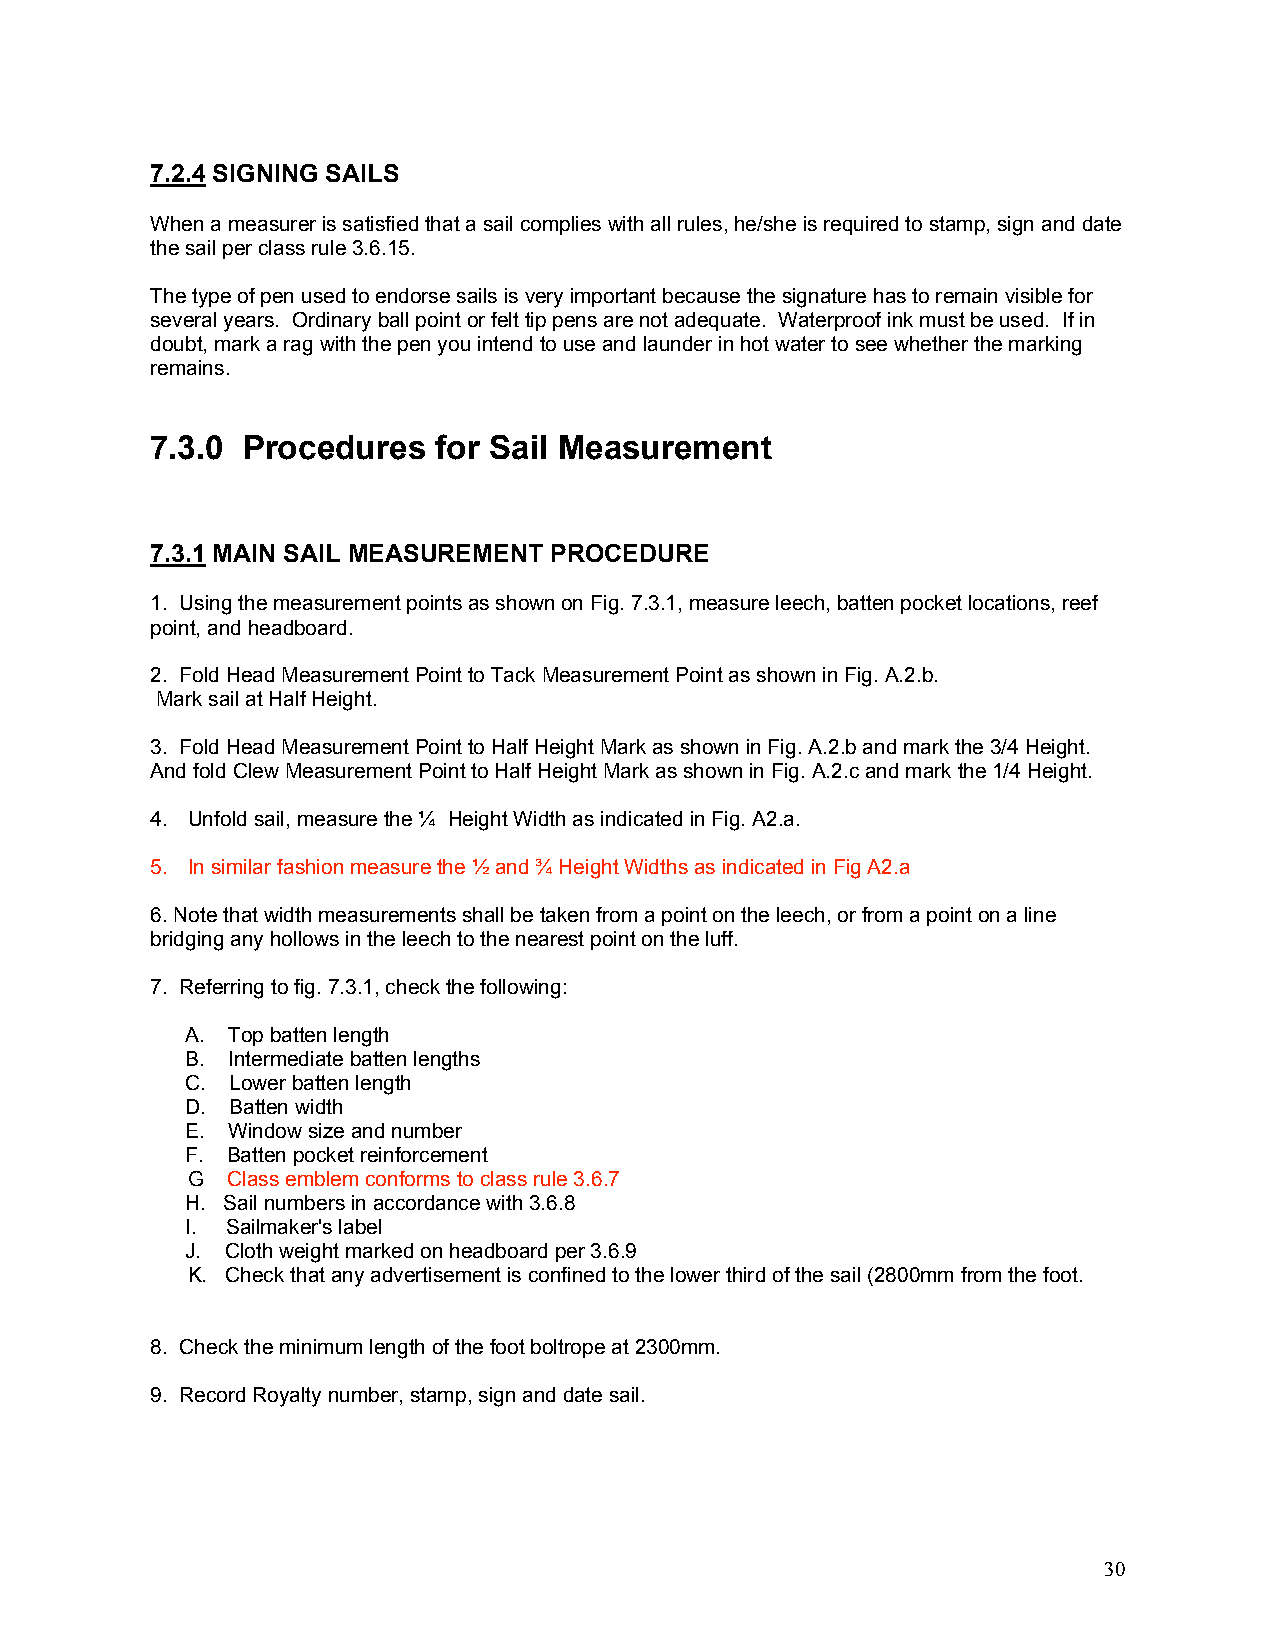
7.2.4 SIGNING SAILS
 When a measurer is satisfied that a sail complies with all rules, he/she is required to stamp, sign and date
 the sail per class rule 3.6.15.
 The type of pen used to endorse sails is very important because the signature has to remain visible for
 several years. Ordinary ball point or felt tip pens are not adequate. Waterproof ink must be used. If in
 doubt, mark a rag with the pen you intend to use and launder in hot water to see whether the marking
 remains.
 7.3.0 Procedures   for Sail Measurement
 7.3.1 MAIN SAIL MEASUREMENT PROCEDURE
 1. Using the measurement points as shown on Fig. 7.3.1, measure leech, batten pocket locations, reef
 point, and headboard.
 2. Fold Head Measurement Point to Tack Measurement Point as shown in Fig. A.2.b.
 Mark sail at Half Height.
 3. Fold Head Measurement Point to Half Height Mark as shown in Fig. A.2.b and mark the 3/4 Height.
 And fold Clew Measurement Point to Half Height Mark as shown in Fig. A.2.c and mark the 1/4 Height.
 4. Unfold sail, measure the ¼ Height Width as indicated in Fig. A2.a.
 5. In similar fashion measure the ½ and ¾ Height Widths as indicated in Fig A2.a
 6. Note that width measurements shall be taken from a point on the leech, or from a point on a line
 bridging any hollows in the leech to the nearest point on the luff.
 7. Referring to fig. 7.3.1, check the following:
 A. Top batten length
 B. Intermediate batten lengths
 C. Lower batten length
 D. Batten width
 E. Window size and number
 F. Batten pocket reinforcement
 G  Class emblem conforms to class rule 3.6.7
 H. Sail numbers in accordance with 3.6.8
 I. Sailmaker's label
 J. Cloth weight marked on headboard per 3.6.9
 K. Check that any advertisement is confined to the lower third of the sail (2800mm from the foot.
 8. Check the minimum length of the foot boltrope at 2300mm.
 9. Record Royalty number, stamp, sign and date sail.
 30